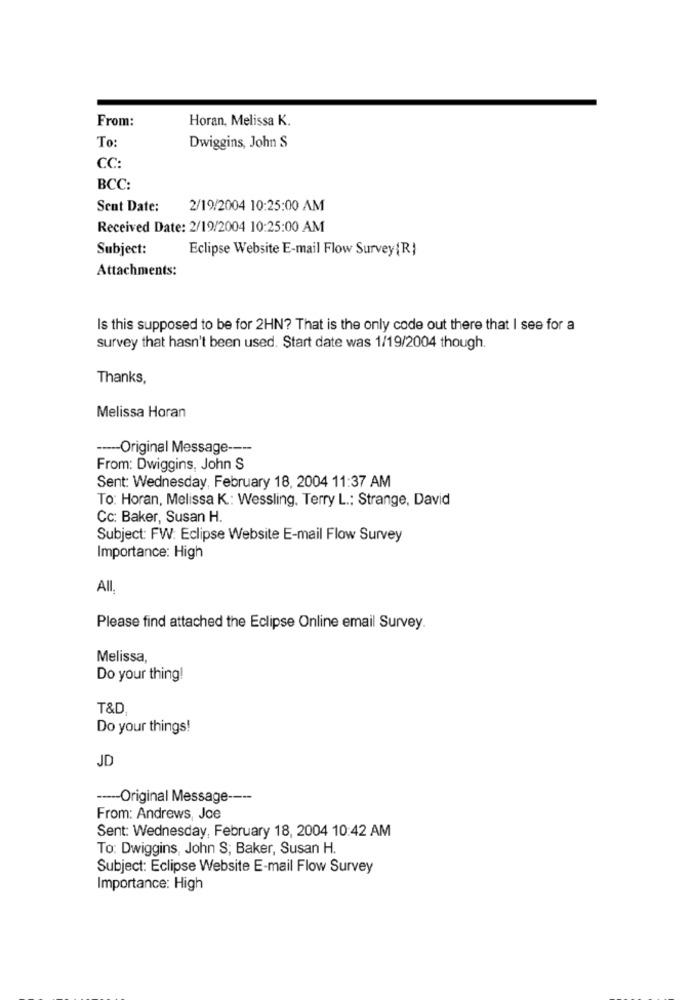
From:
Horan, Melissa K.
To
Dwiggins, John S
CC:
BCC:
Sent Date:
2/19/2004 10:25:00 AM
Received Date: 2/19/2004 10:25:00 AM
Subject:
Eclipse Website E-mail Flow Survey{R}
Attachments:
Is this supposed to be for 2HN? That is the only code out there that I see for a
survey that hasn't been used. Start date was 1/19/2004 though.
Thanks,
Melissa Horan
----- Original Message ----
From: Dwiggins, John S
Sent: Wednesday, February 18, 2004 11:37 AM
To: Horan, Melissa K: Wessling. Terry L .; Strange, David
Cc: Baker, Susan H.
Subject: FW: Eclipse Website E-mail Flow Survey
Importance: High
All
Please find attached the Eclipse Online email Survey.
Melissa,
Do your thing!
T&D
Do your things!
JD
----- Original Message ----
From: Andrews, Joe
Sent: Wednesday, February 18, 2004 10:42 AM
To: Dwiggins, John S; Baker, Susan H.
Subject: Eclipse Website E-mail Flow Survey
Importance: High